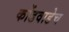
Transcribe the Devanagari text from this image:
कोंडवाडेच